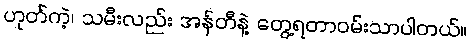
ဟုတ်ကဲ့၊ သမီးလည်း အန်တီနဲ့ တွေ့ရတာဝမ်းသာပါတယ်။